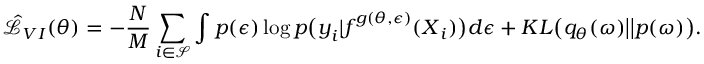
\hat { \mathcal { L } } _ { V I } ( \theta ) = - \frac { N } { M } \sum _ { i \in \mathcal { S } } \int p ( \boldsymbol { \epsilon } ) \log p \big ( \boldsymbol { y } _ { i } | \boldsymbol { f } ^ { g ( \theta , \boldsymbol { \epsilon } ) } ( \boldsymbol { X } _ { i } ) \big ) d \boldsymbol { \epsilon } + K L \big ( q _ { \theta } ( \boldsymbol { \omega } ) \big | \big | p ( \boldsymbol { \omega } ) \big ) .